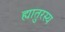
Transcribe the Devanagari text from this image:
ह्यातुरस्य